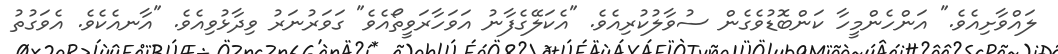
ލައްވާށިއެވެ." އަންހެންމީހާ ކަންބޮޑުވެގެން ސުވާލުކުރިއެވެ. "އެކަލޭގެފާނު އަވަހާރަވީތޯއެވެ" ގަވަރުނަރު ވިދާޅުވިއެވެ. "އާނއެކެވެ. އެވަގުތު